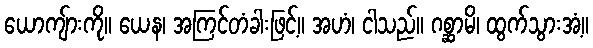
ယောကျ်ားကို။ ယေန၊ အကြင်တံခါးဖြင့်။ အဟံ၊ ငါသည်။ ဂစ္ဆာမိ၊ ထွက်သွားအံ့။